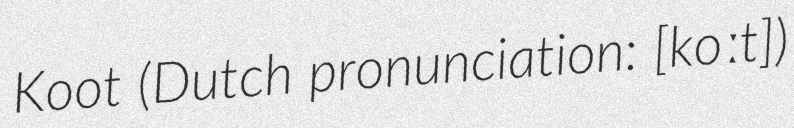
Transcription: Koot (Dutch pronunciation: [koːt])